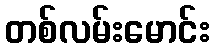
တစ်လမ်းမောင်း